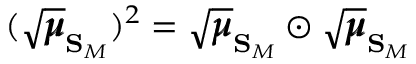
( \sqrt { \pmb { \mu } } _ { \mathbf { S } _ { M } } ) ^ { 2 } = \sqrt { \pmb { \mu } } _ { \mathbf { S } _ { M } } \odot \sqrt { \pmb { \mu } } _ { \mathbf { S } _ { M } }